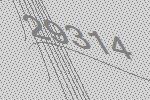
29314